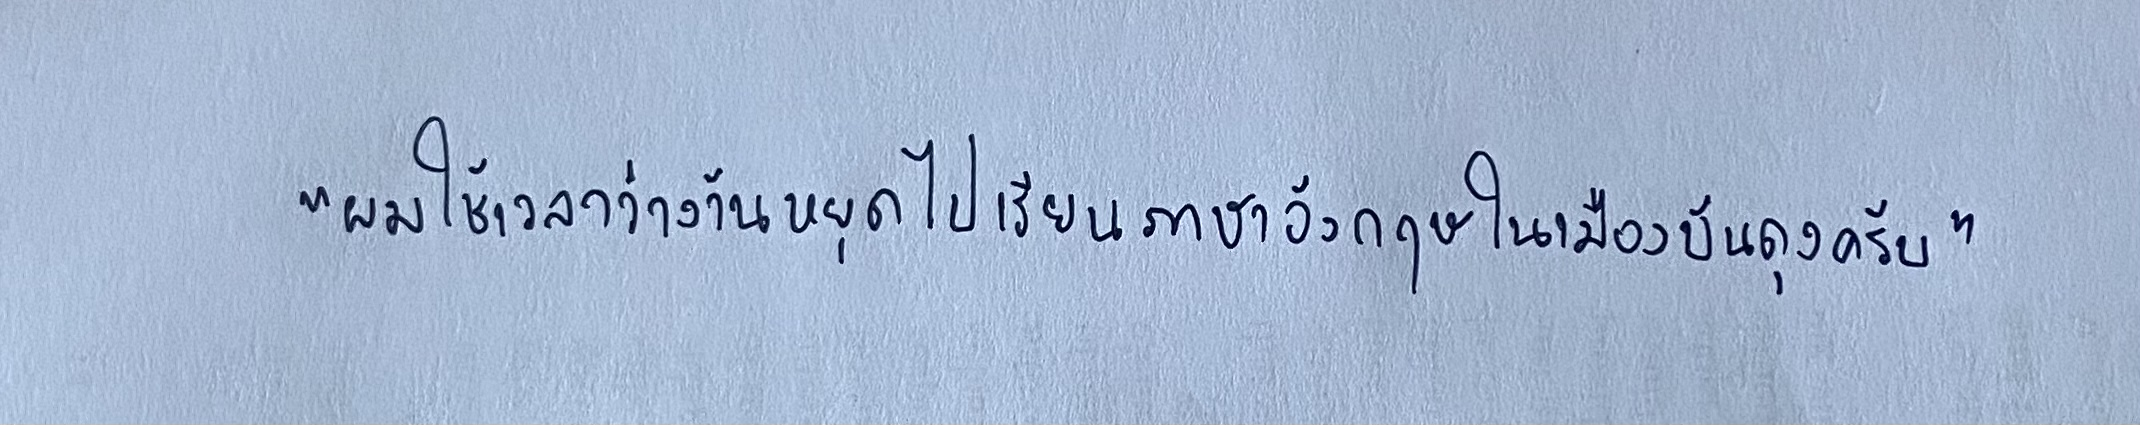
"ผมใช้เวลาว่างวันหยุดไปเรียนภาษาอังกฤษในเมืองบันดุงครับ"